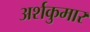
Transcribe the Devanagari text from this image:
अर्शकुमार